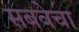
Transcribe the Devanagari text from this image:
सबवेचा